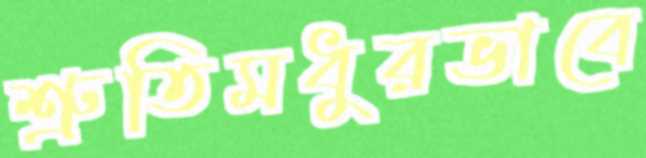
শ্রুতিমধুরভাবে